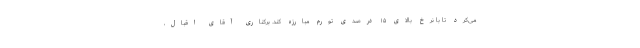
می‌کرد تا با نرخ بالای ۱۵ درصدی تورم مبارزه کند. برکناری آقای اقبال،